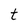
Character: t